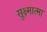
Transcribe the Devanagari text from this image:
सूक्ष्मात्मा